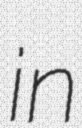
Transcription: in